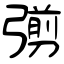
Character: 彅